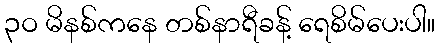
၃ဝ မိနစ်ကနေ တစ်နာရီခန့် ရေစိမ်ပေးပါ။